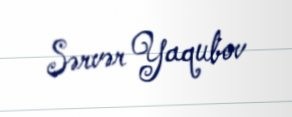
Sərvər Yaqubov